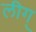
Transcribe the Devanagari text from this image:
लीग्